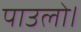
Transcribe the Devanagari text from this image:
पाउलो।